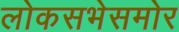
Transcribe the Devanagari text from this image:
लोकसभेसमोर